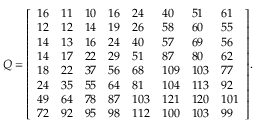
Q = { \left[ \begin{array} { l l l l l l l l } { 1 6 } & { 1 1 } & { 1 0 } & { 1 6 } & { 2 4 } & { 4 0 } & { 5 1 } & { 6 1 } \\ { 1 2 } & { 1 2 } & { 1 4 } & { 1 9 } & { 2 6 } & { 5 8 } & { 6 0 } & { 5 5 } \\ { 1 4 } & { 1 3 } & { 1 6 } & { 2 4 } & { 4 0 } & { 5 7 } & { 6 9 } & { 5 6 } \\ { 1 4 } & { 1 7 } & { 2 2 } & { 2 9 } & { 5 1 } & { 8 7 } & { 8 0 } & { 6 2 } \\ { 1 8 } & { 2 2 } & { 3 7 } & { 5 6 } & { 6 8 } & { 1 0 9 } & { 1 0 3 } & { 7 7 } \\ { 2 4 } & { 3 5 } & { 5 5 } & { 6 4 } & { 8 1 } & { 1 0 4 } & { 1 1 3 } & { 9 2 } \\ { 4 9 } & { 6 4 } & { 7 8 } & { 8 7 } & { 1 0 3 } & { 1 2 1 } & { 1 2 0 } & { 1 0 1 } \\ { 7 2 } & { 9 2 } & { 9 5 } & { 9 8 } & { 1 1 2 } & { 1 0 0 } & { 1 0 3 } & { 9 9 } \end{array} \right] } .